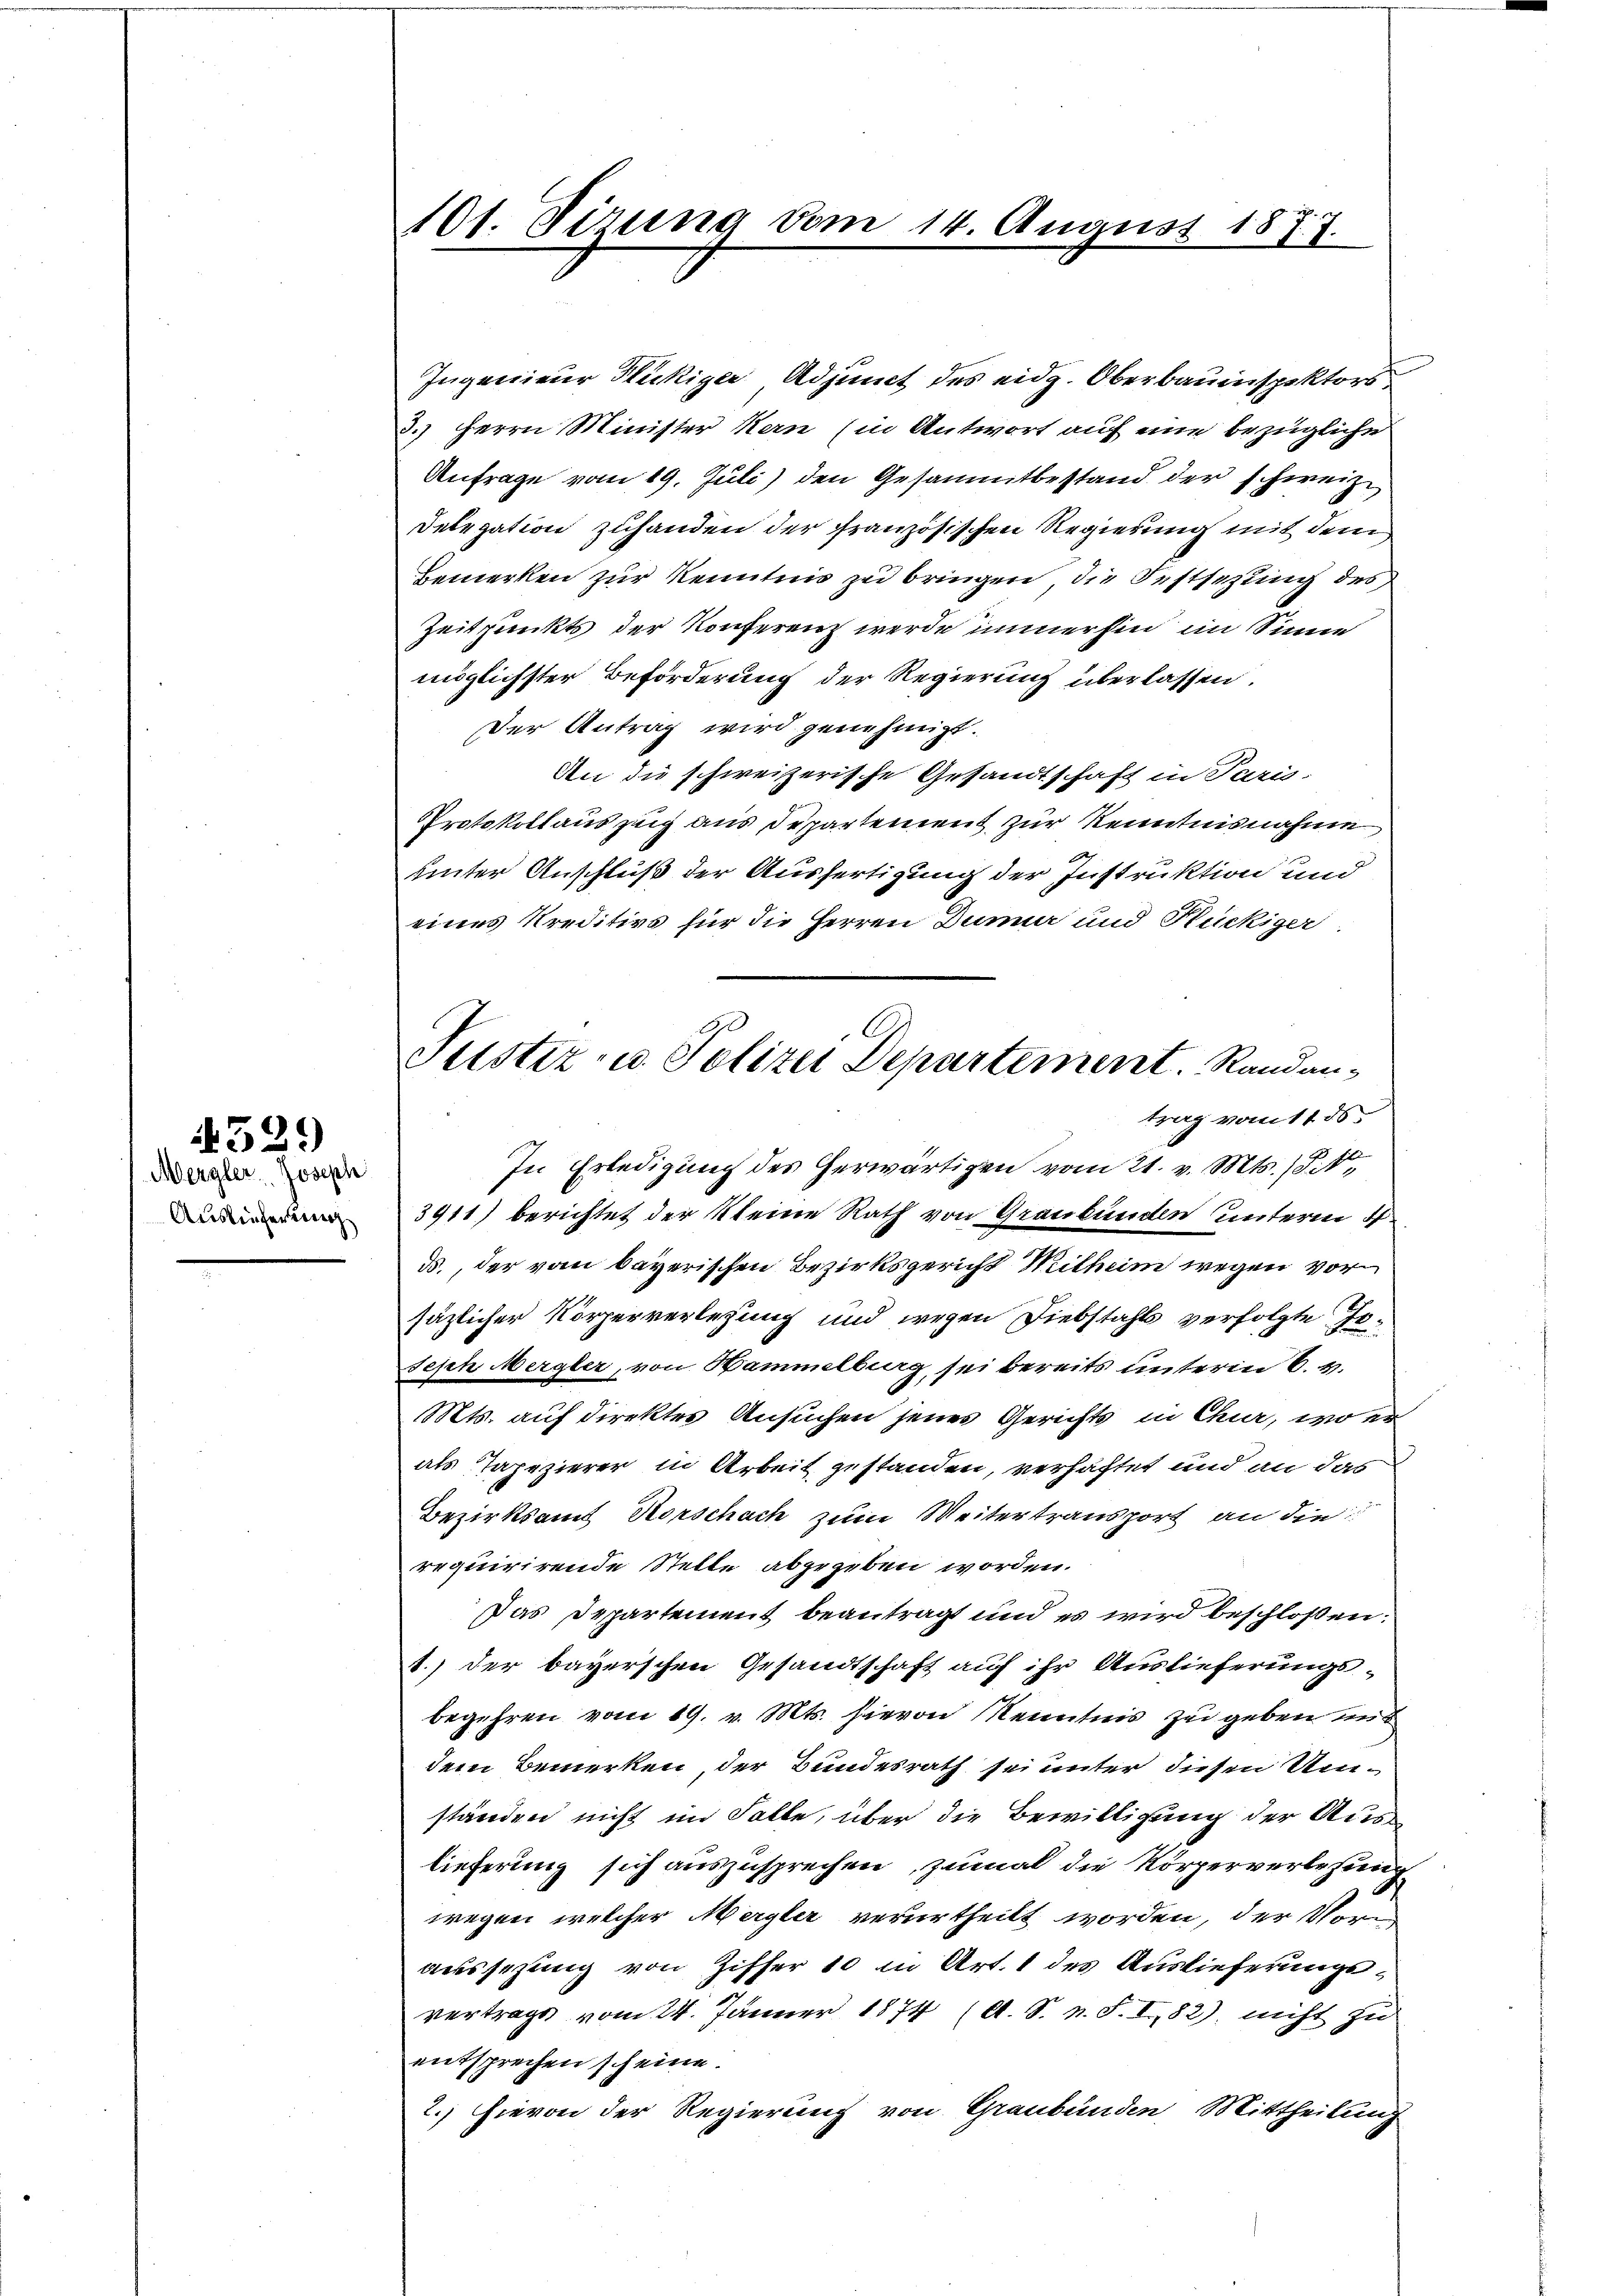
Mergler Joseph
Auslieferung

529

101. Firung vom 14. August 1877.

Tustiz- u. Polizei Departement. Randantrag vom 11. ds

Ingenieur Stuckiger Adjunct des eidg. Oberbauinspektors
3.) Herrn Minister Kern (in Antwort auf eine bezügliche
Anfrage vom 19. Juli) den Gesammtbestand der schweiz.
Delegation zuhanden der französischen Regierung mit dem
Bemerken zur Kenntnis zu bringen die Festsezung des
Zeitpunkts der Konferenz werde immerhin im Sinne
möglichster Beförderung der Regierung überlassen.
Der Antrag wird genehmigt.
An die schweizerische Gesandtschaft in Paris.
Protokollaus zeig aus Departement zur Kenntnisnahme
unter Anschluß der Ausfertigung der Instruktion und
eines Kreditivs für die Herren Dunner und Hückiger
In Erledigung des herwärtigen vom 21. v. Mts. (Sit
3911) berichtet der kleine Rath von Graubünden unterm 4.
d., der vom bayerischen Bezirksgericht Mitheim wegen vor
säzlicher Körperverlesung und wegen Diebstahls verfolgte Jo¬
Seph Mergler, von Hammelburg sei bereits unterm 6. v.
Mts. auf direktes Ansuchen jenes Gerichts in Chur, wo er
als Tapezierer in Arbeit gestanden, verhaftet und an das
Bezirksamt Horschach zum Weitertransport an die
requirirende Stelle abgegeben worden.
Das Departement beantragt und es wird beschloßen:
1.) der bayerschen Gesandtschaft auf ihr Auslieferungs-
begehren vom 19. v. Mts. hievon Kenntnis zu geben mit
dem Bemerken der Bundesrath sei unter diesen Umständen nicht im Falle, über die Bewilligung der Auslieferung sich auszusprechen, zumal die Körperverlesung
wegen, welcher Mergler verurtheilt worden, der Voraussezung von Ziffer 10 in Art. 1 des Auslieferungsvertrage vom 24. Jänner 1874 (s. S. n. F. I, 82) nicht zu
entsprechen scheine.
2.) Hievon der Regierung von Graubünden Mittheilung